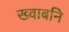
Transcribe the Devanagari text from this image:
ख्वाबनि